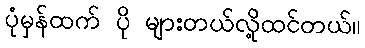
ပုံမှန်ထက် ပို များတယ်လို့ထင်တယ်။